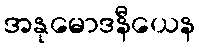
အနုမောဒနီယေန